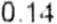
0.14